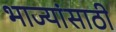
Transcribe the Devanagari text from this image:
भाज्यांसाठी